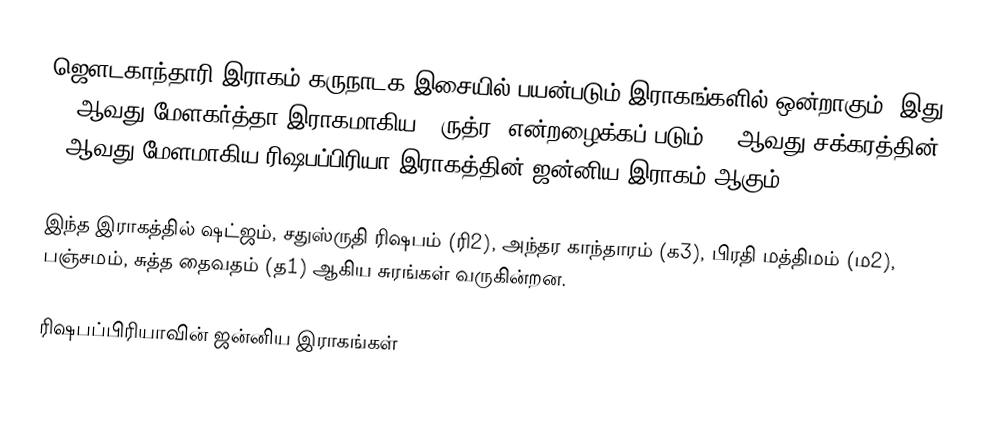
ஜௌடகாந்தாரி இராகம் கருநாடக இசையில் பயன்படும் இராகங்களில் ஒன்றாகும். இது 62 ஆவது மேளகர்த்தா இராகமாகிய, "ருத்ர" என்றழைக்கப் படும் 11 ஆவது சக்கரத்தின் 2 ஆவது மேளமாகிய ரிஷபப்பிரியா இராகத்தின் ஜன்னிய இராகம் ஆகும்.

இந்த இராகத்தில் ஷட்ஜம், சதுஸ்ருதி ரிஷபம் (ரி2),  அந்தர காந்தாரம் (க3), பிரதி மத்திமம் (ம2), பஞ்சமம்,  சுத்த தைவதம் (த1) ஆகிய சுரங்கள் வருகின்றன.

ரிஷபப்பிரியாவின் ஜன்னிய இராகங்கள்